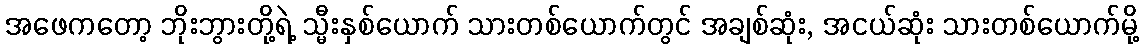
အဖေကတော့ ဘိုးဘွားတို့ရဲ့ သ္မီးနှစ်ယောက် သားတစ်ယောက်တွင် အချစ်ဆုံး, အငယ်ဆုံး သားတစ်ယောက်မို့